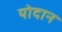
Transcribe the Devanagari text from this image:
योदान